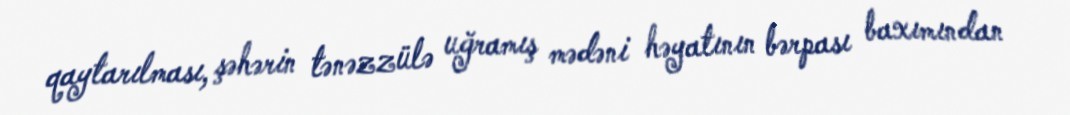
qaytarılması, şəhərin tənəzzülə uğramış mədəni həyatının bərpası baxımından